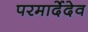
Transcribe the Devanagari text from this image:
परमार्देदेव